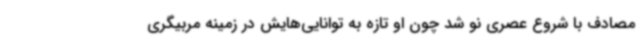
مصادف با شروع عصری نو شد چون او تازه به توانایی‌هایش در زمینه مربیگری